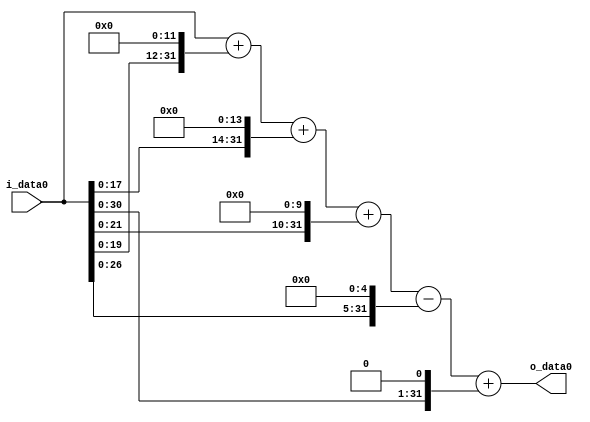
module multiplier_block (
    i_data0,
    o_data0
);

  // Port mode declarations:
  input   [31:0] i_data0;
  output  [31:0]
    o_data0;

  //Multipliers:

  wire [31:0]
    w1,
    w4096,
    w4097,
    w16384,
    w20481,
    w1024,
    w21505,
    w32,
    w21473,
    w2,
    w21475;

  assign w1 = i_data0;
  assign w1024 = w1 << 10;
  assign w16384 = w1 << 14;
  assign w2 = w1 << 1;
  assign w20481 = w4097 + w16384;
  assign w21473 = w21505 - w32;
  assign w21475 = w21473 + w2;
  assign w21505 = w20481 + w1024;
  assign w32 = w1 << 5;
  assign w4096 = w1 << 12;
  assign w4097 = w1 + w4096;

  assign o_data0 = w21475;

  //multiplier_block area estimate = 8222.86088872941;
endmodule